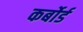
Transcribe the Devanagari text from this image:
कर्बोर्ड